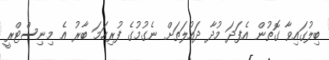
ބިލުގައިވާ ގޮތުން އެފަދަ މުދާ ދައުލަތަށް ނެގުމުގެ ފުރިހަމަ ބާރު އެ މިނިސްޓްރީ